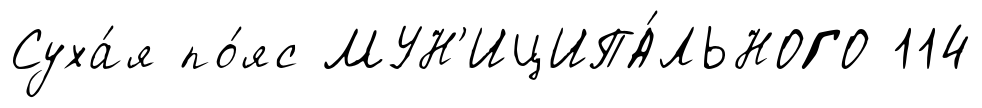
Суха́я по́яс МУН'ИЦИПА́ЛЬНОГО 114